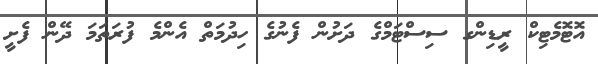
އޮޓޮމެޓިކް ރީޑިންގ ސިސްޓަމްގެ ދަށުން ފެނުގެ ހިދުމަތް އެންމެ ފުރަތަމަ ދޭން ފެށީ